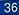
36